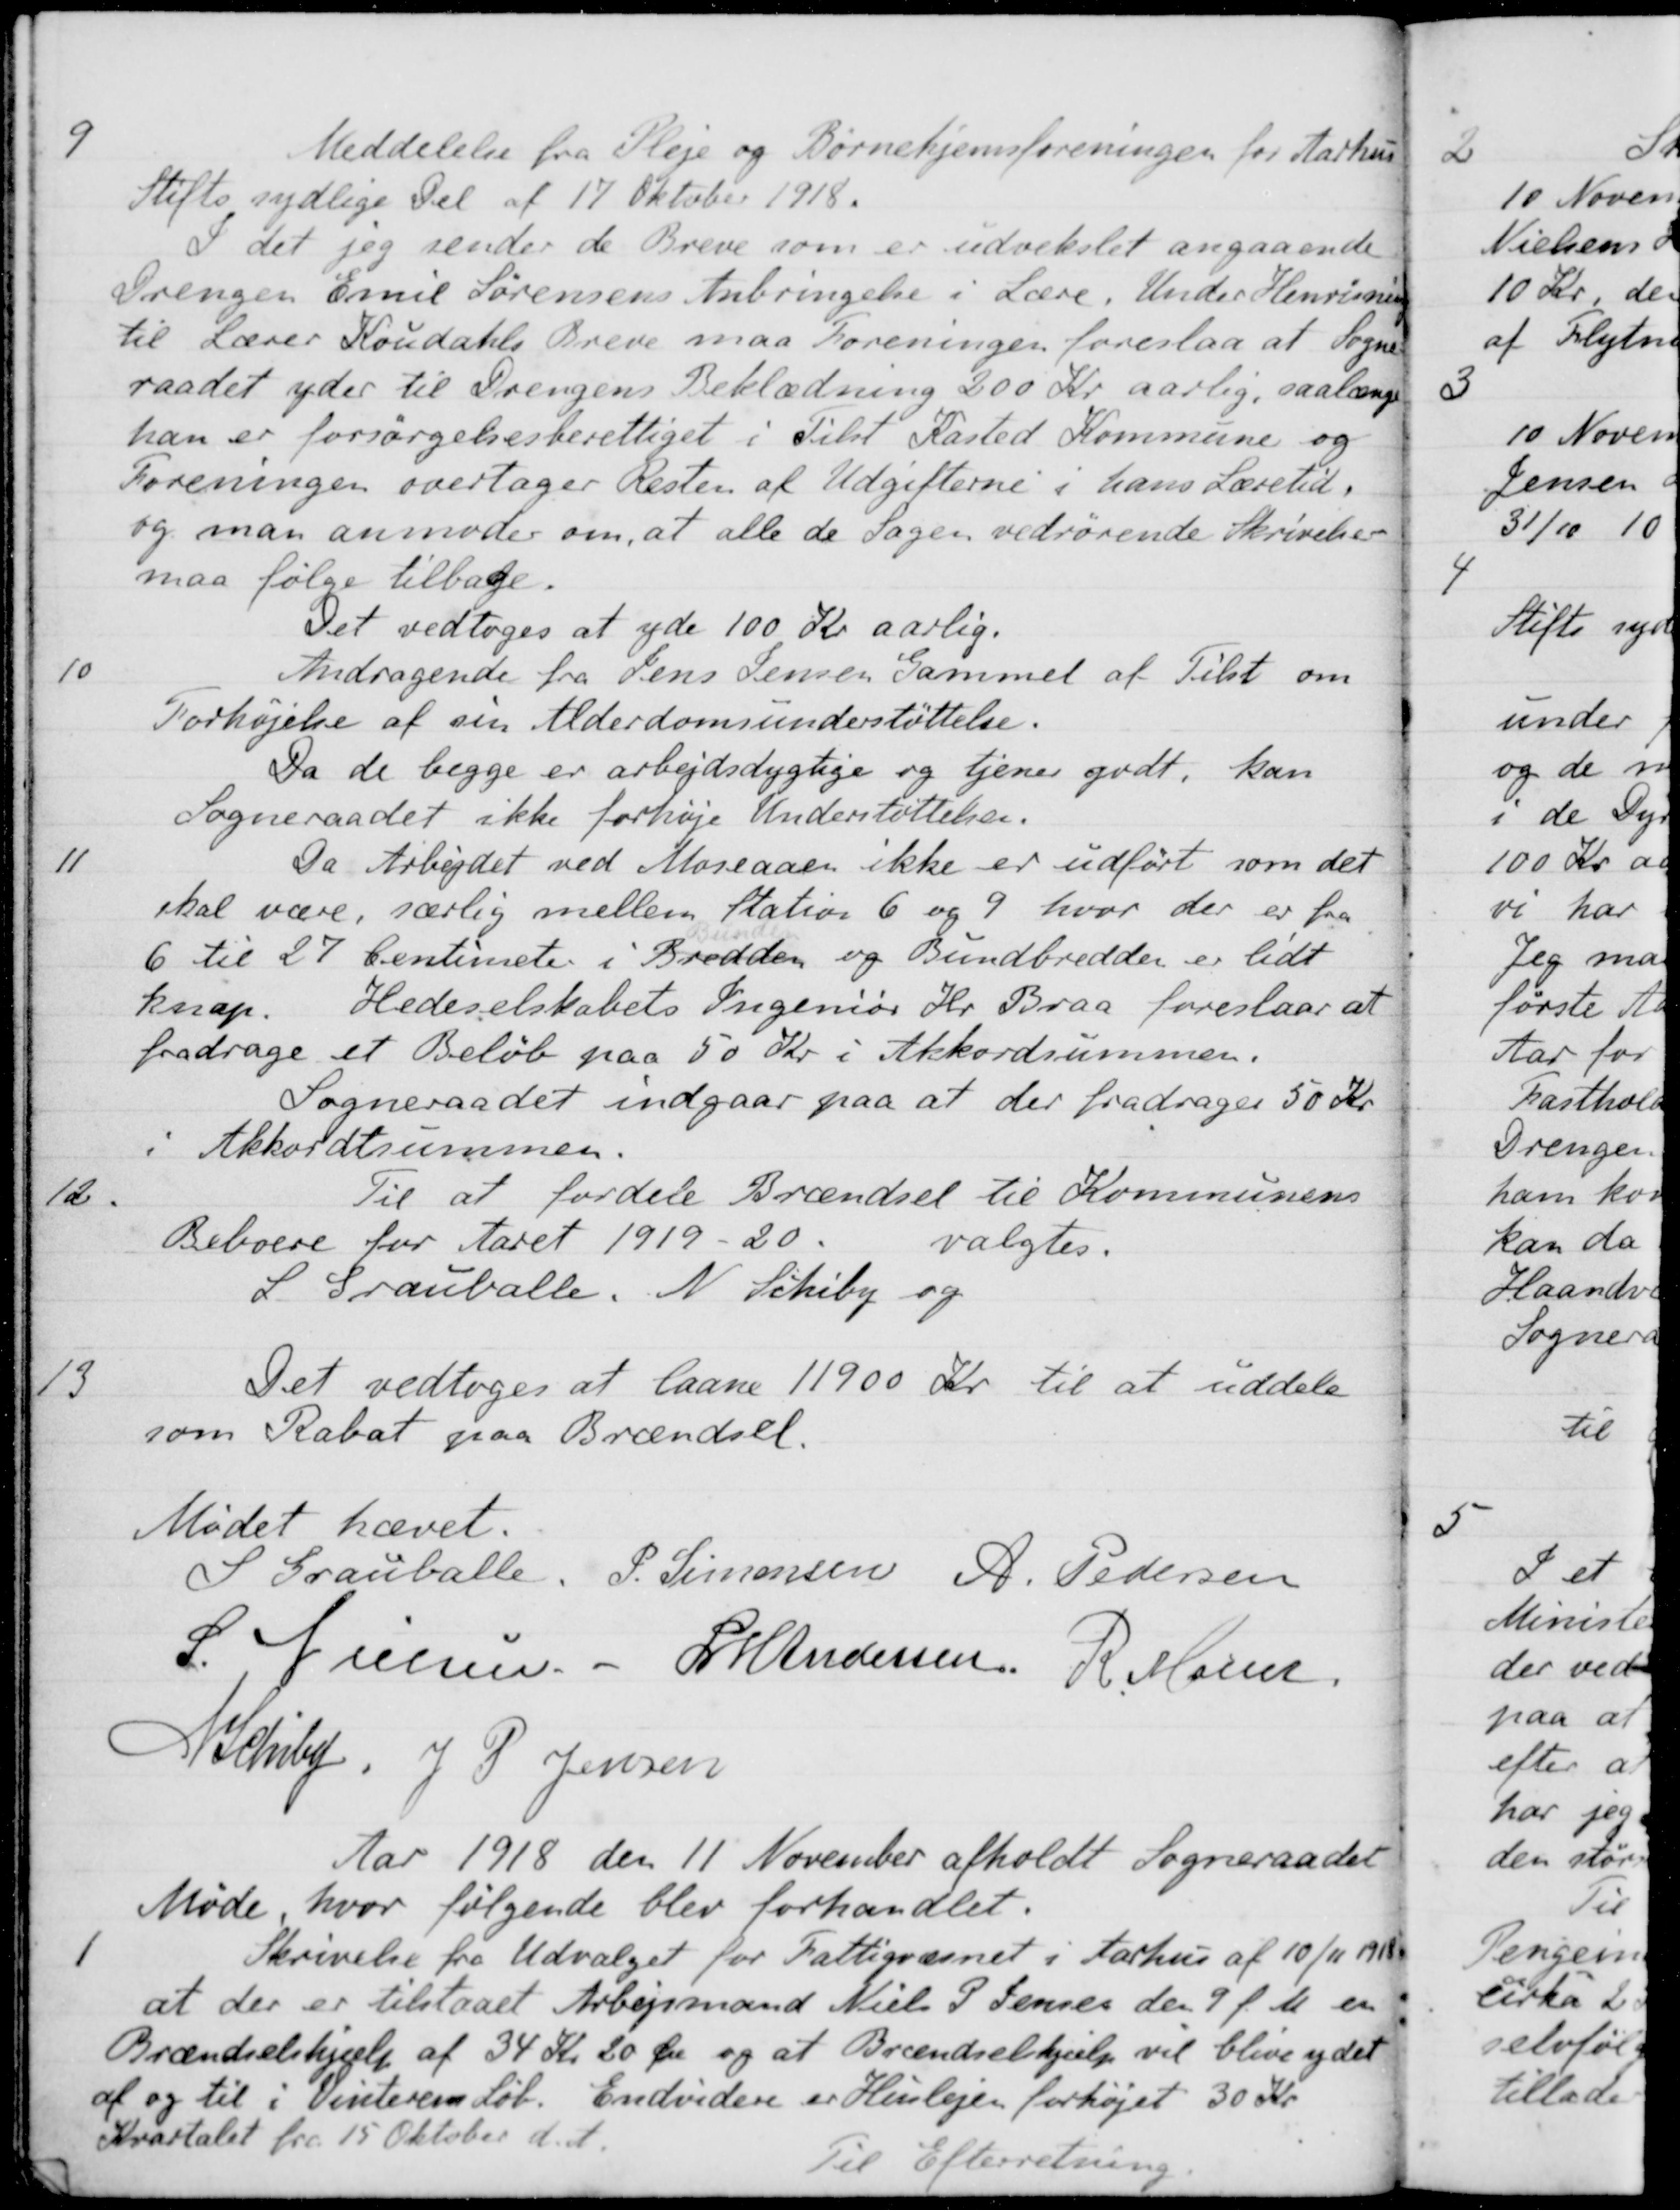
Transskription:
9
Meddelelse fra Pleje og Børnehjemsforeningen for Aarhus
Stifts sydlige Del af 17 Oktober 1918.
I det jeg sender de Breve som er udvekslet angaaende
Drengen Emil Sørensens Anbringelse i Lære, Under Henvisning
til Lærer Koudahls Breve maa Foreningen foreslaa at Sogne-
raadet yder til Drengens Beklædning 200 Kr. aarlig, saalænge
han er forsørgelsesberettiget i Tilst Kasted Kommune og
Foreningen overtager Resten af Udgifterne i hans Læretid.
og man anmoder om, at alle de Sagen vedrørende Skrivelser
maa følge tilbage.
Det vedtoges at yde 100 Kr aarlig.
10
Andragende fra Jens Jensen Gammel af Tilst om
Forhøjelse af sin Alderdomsunderstøttelse.
Da de begge er arbejdsdygtige og tjener godt, kan
Sogneraadet ikke forhøje Understøttelsen.
11
Da Arbejdet ved Moseaaen ikke er udført som det
skal være, særlig mellem Station 6 og 9 hvor der er fra
6 til 27 Centimeter i Bredden og Bundbredden er lidt
knap. Hedeselskabets Ingeniør Hr. Braa foreslaar at
fradrage et Beløb paa 50 Kr. i Akkordsummen.
Sogneraadet indgaar paa at der fradrages 50 Kr.
i Akkordtsummen.
12.
Til at fordele Brændsel til Kommunens
Beboere for Aaret 1919-20
valgtes.
S. Grauballe. N. Schiby og
13
Det vedtoges at laane 11900 Kr. til at uddele
som Rabat paa Brændsel.
Mødet hævet.
S Grauballe.
P. Simonsen
R. Pedersen
S. Nielsen
L M Andersen
R. Mainz
A. Schiby
J. P. Jensen
Aar 1918 den 11 November afholdt Sogneraadet
Møde, hvor følgende blev forhandlet.
1
Skrivelse fra Udvalget for Fattigvæsnet i Aarhus af 10/11 1918
at der er tilstaaet Arbejdsmand Niels P. Jensen den 9 f. M. en
Brændselshjælp af 34 Kr. 20 Øre og at Brændselshjælp vil blive ydet
af og til i Vinterens Løb. Endvidere er Huslejen forhøjet 30 Kr.
Kvartalet fra 15 Oktober d. A.
Til Efterretning